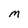
Character: m